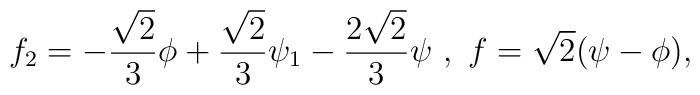
f_2  = - \frac{\sqrt{2}}{3} \phi + \frac{\sqrt{2}}{3} \psi_1 - \frac{2 \sqrt{2}}{3} \psi \ , \  f = \sqrt{2} (\psi - \phi  ) ,